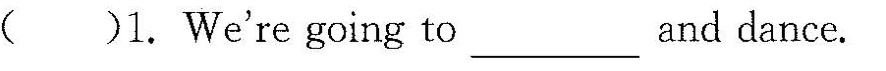
( )1. We're going to _and dance.